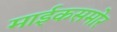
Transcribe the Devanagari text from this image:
माईकसमोर